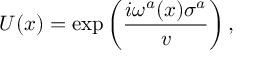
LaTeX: U ( x ) = \exp \left( \frac { i \omega ^ { a } ( x ) \sigma ^ { a } } { v } \right) ,